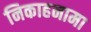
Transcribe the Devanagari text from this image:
निकाहनामा